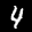
Label: 4